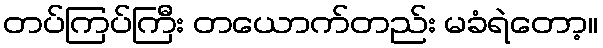
တပ်ကြပ်ကြီး တယောက်တည်း မခံရဲတော့။